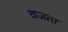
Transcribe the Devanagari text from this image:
वजता